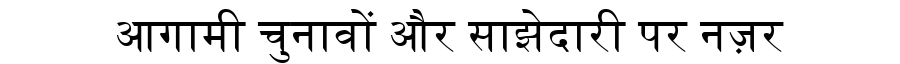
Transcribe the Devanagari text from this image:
आगामी चुनावों और साझेदारी पर नज़र